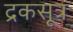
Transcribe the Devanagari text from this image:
द्रकसूत्र